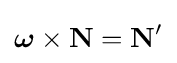
{\boldsymbol {\omega }}\times \mathbf {N} =\mathbf {N'}